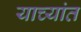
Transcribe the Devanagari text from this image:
याच्यांत